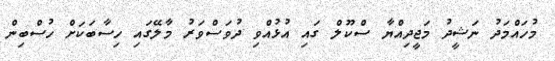
މުހައްމަދު ނަޝީދު މަޖީދިއްޔާ ސްކޫލް ގައި އުޅުއްވި ދުވަސްވަރު މާލޭގައި ހިސާބަކަށް ހުސްބިން